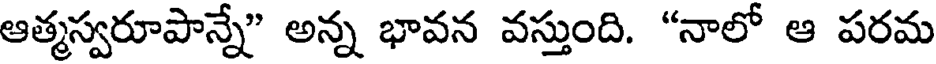
ఆత్మస్వరూపాన్నే" అన్న భావన వస్తుంది. "నాలో ఆ పరమ